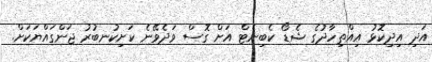
އަދި އިދިކޮޅު އިއްތިހާދުގެ ޝެޑޯ ކެބިނެޓް އަށް ގޮސް ވަދެވޭނެ ކަށިކުނބުރު ޖަންގައްޔަކަށް.